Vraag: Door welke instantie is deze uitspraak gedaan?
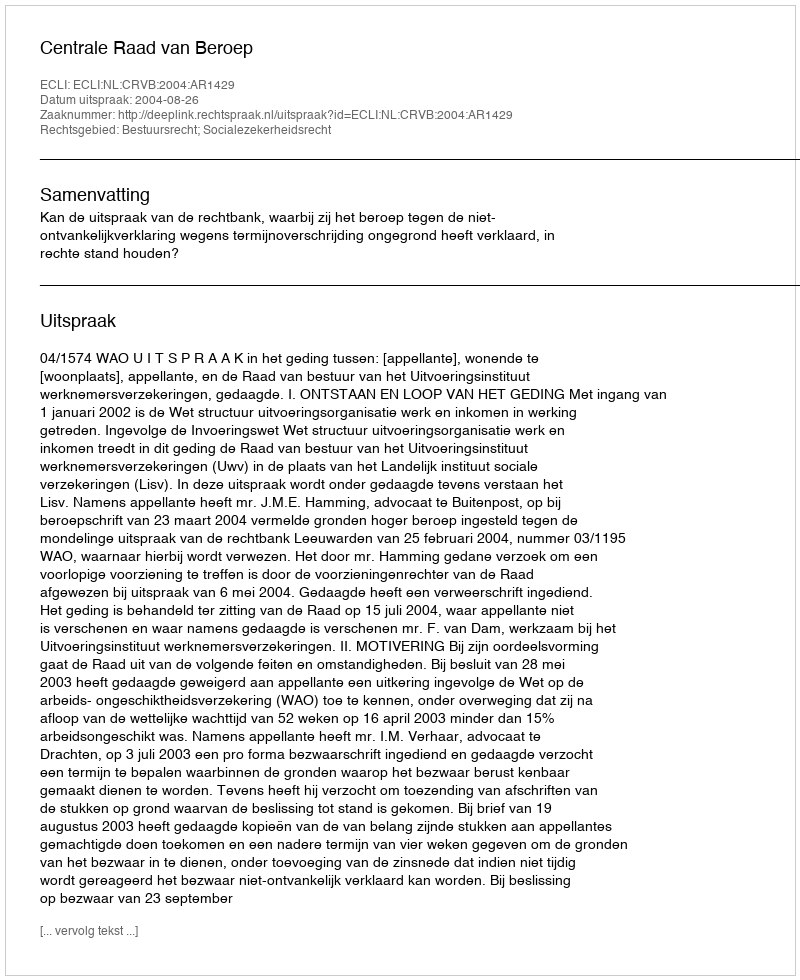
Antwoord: Centrale Raad van Beroep